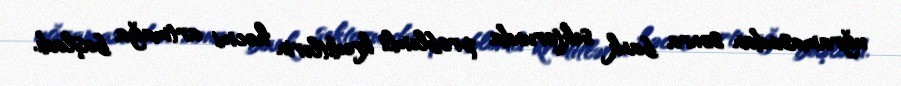
uğramasından sonra bank sektorunda problemli kreditlərin həcmi artmağa başladı.